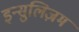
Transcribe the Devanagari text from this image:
इन्सुलिज़म